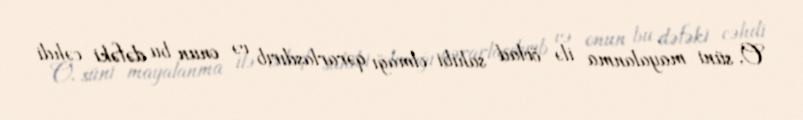
O, süni mayalanma ilə övlad sahibi olmağı qərarlaşdırıb və onun bu dəfəki cəhdi